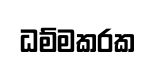
ධම්මකරක